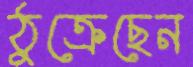
ঠুক্‌রেছেন